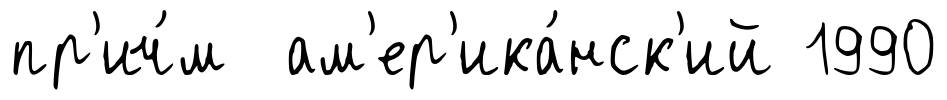
пр'ич́м ам'ер'ика́нск'ий 1990